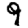
Digit: 9